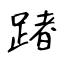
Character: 踷